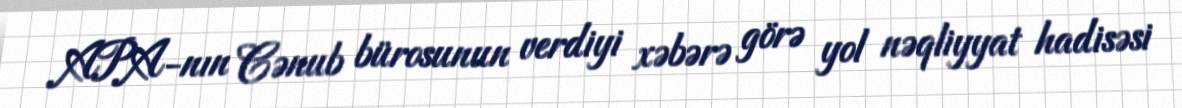
APA-nın Cənub bürosunun verdiyi xəbərə görə yol nəqliyyat hadisəsi